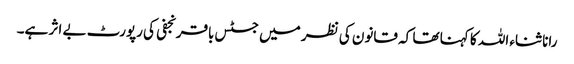
رانا ثناء اللہ کا کہنا تھا کہ قانون کی نظر میں جسٹس باقر نجفی کی رپورٹ بے اثر ہے۔